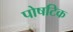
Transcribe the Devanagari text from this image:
पोषटिक